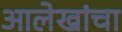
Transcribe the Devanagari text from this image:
आलेखांचा